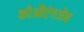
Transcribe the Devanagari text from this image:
कोऔरंगजेब